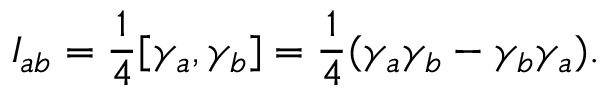
I _ { a b } = { \frac 1 4 } [ \gamma _ { a } , \gamma _ { b } ] = { \frac 1 4 } ( \gamma _ { a } \gamma _ { b } - \gamma _ { b } \gamma _ { a } ) .